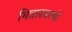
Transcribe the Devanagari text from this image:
भिन्नावतरणों